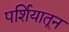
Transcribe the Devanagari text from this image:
पर्शियातून